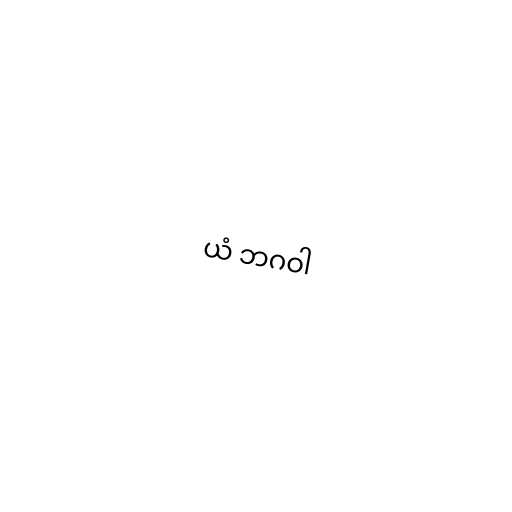
ယံ ဘဂဝါ